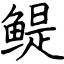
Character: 鳀